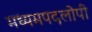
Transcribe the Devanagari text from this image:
मध्यमपदलोपी